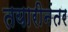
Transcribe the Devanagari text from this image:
तयारीनंतर